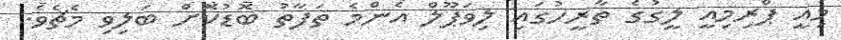
މިއީ ޕްރިމިއީ ލީގުގެ ތާރީހުގައި ލިވަޕޫލް އެންމެ ތަފާތު ބޮޑުކޮށް ބަލިވި މެޗެވެ.